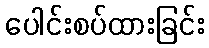
ပေါင်းစပ်ထားခြင်း